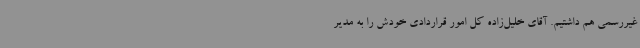
غیررسمی هم داشتیم. آقای خلیل‌زاده کل امور قراردادی خودش را به مدیر